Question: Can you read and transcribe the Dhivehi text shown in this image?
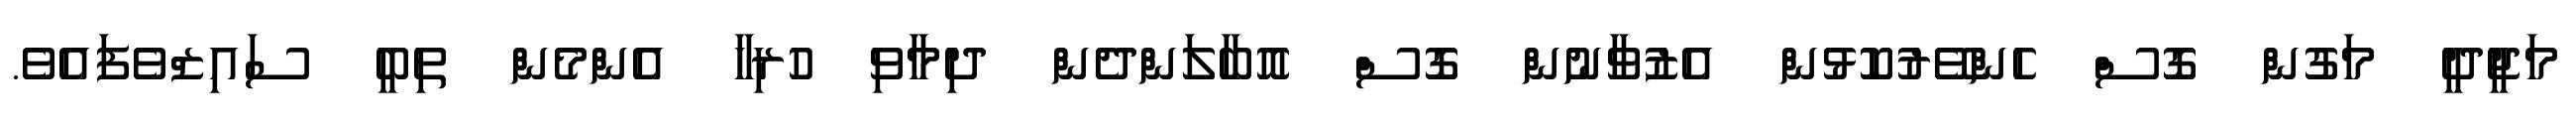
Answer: މަޖީދީ މަގުން ގޮސް ހެންވޭރުކޮޅުން އެޒުވާނުން ގޮސް އޮބާލަންދެން ދިމާވި ހުރިހާ އެންމެން ތިބީ ސައިޒްވެފައެވެ.